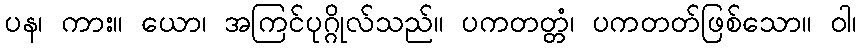
ပန၊ ကား။ ယော၊ အကြင်ပုဂ္ဂိုလ်သည်။ ပကတတ္တံ၊ ပကတတ်ဖြစ်သော။ ဝါ၊